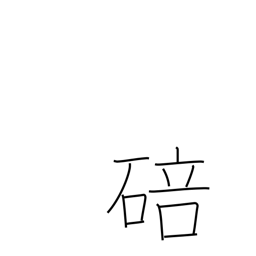
Meaning: bud